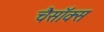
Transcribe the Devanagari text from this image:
चैसॉक्स